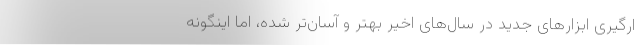
ارگیری ابزارهای جدید در سال‌های اخیر بهتر و آسان‌تر شده، اما اینگونه